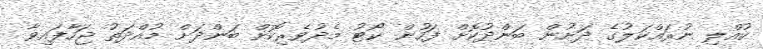
ކުއްލި ނުރައްކަލުގެ ދަށުން ބަންދުކޮށް ފަހުން ކޯޓު މެދުވެރިކޮށް ބަންދަށް މުއްދަތު ޖަހާފައިވާ